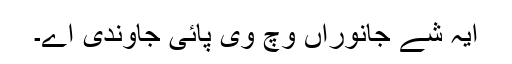
ایہ شے جانوراں وچ وی پائی جاوندی اے۔